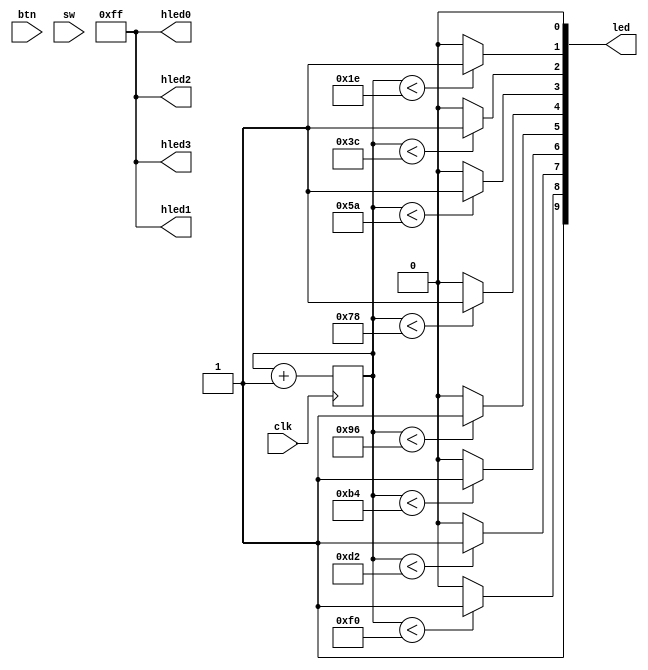
module PWM(clk, btn, sw, led, hled0, hled1, hled2, hled3);

	input clk;
	input [2:0] btn;
	input [9:0] sw;

	output [9:0] led;
	output [7:0] hled0;
	output [7:0] hled1;
	output [7:0] hled2;
	output [7:0] hled3;

	reg [7:0] cnt;
	
	assign hled0 = 8'hff;
	assign hled1 = 8'hff;
	assign hled2 = 8'hff;
	assign hled3 = 8'hff;

	always @(posedge clk)
		cnt=cnt+1;

	assign led[0] = 1'b0;
	assign led[1] = (cnt<8'd30) ? 1'b1 : 1'b0;
	assign led[2] = (cnt<8'd60) ? 1'b1 : 1'b0;
	assign led[3] = (cnt<8'd90) ? 1'b1 : 1'b0;
	assign led[4] = (cnt<8'd120) ? 1'b1 : 1'b0;
	assign led[5] = (cnt<8'd150) ? 1'b1 : 1'b0;
	assign led[6] = (cnt<8'd180) ? 1'b1 : 1'b0;
	assign led[7] = (cnt<8'd210) ? 1'b1 : 1'b0;
	assign led[8] = (cnt<8'd240) ? 1'b1 : 1'b0;
	assign led[9] = 1'b1;


endmodule